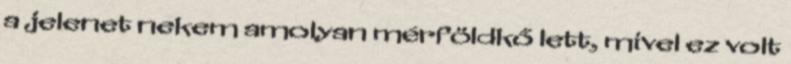
a jelenet nekem amolyan mérföldkő lett, mivel ez volt